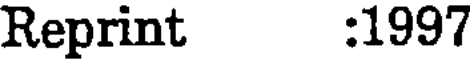
Reprint :1997